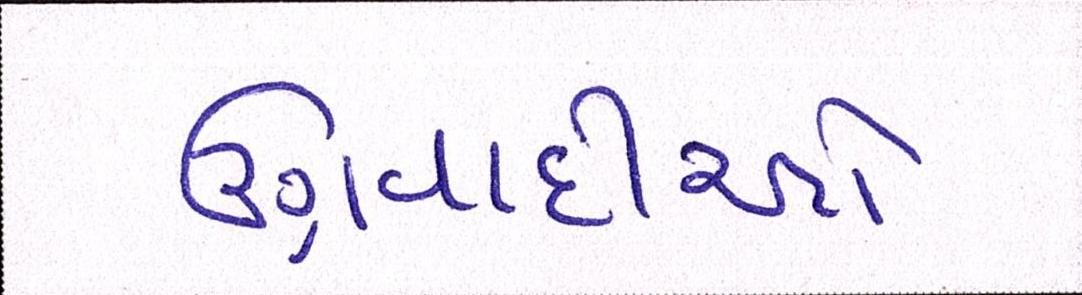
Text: ઉગ્રવાદીઓ